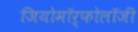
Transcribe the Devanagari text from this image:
जियोमॉर्फोलॉजी